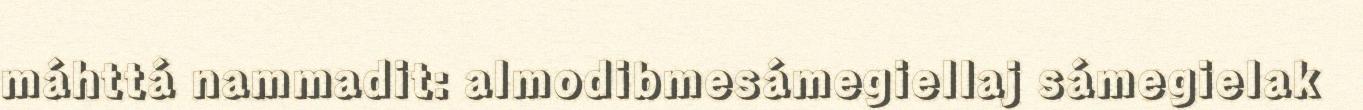
máhttá nammadit: almodibmesámegiellaj sámegielak